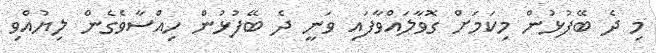
މި ދެ ބޭފުޅުން މިކަމަށް ގޮވާލައްވާފައި ވަނީ ދެ ބޭފުޅުން ހިއްސާވެގެން ލިޔުއްވި